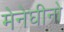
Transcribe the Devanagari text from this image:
मेनेघीनो